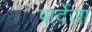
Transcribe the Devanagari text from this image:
पार्देज़ा